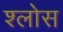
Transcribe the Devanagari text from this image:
श्लोस